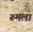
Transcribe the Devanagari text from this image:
रूमला